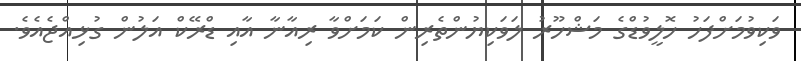
ވަކިވުމަށްފަހު ހޮލީވުޑްގެ މަޝްހޫރު ލަވަކިޔުންތެރިން ކަމަށްވާ ރިއާނާ އާއި ޑްރޭކް އަލުން ގުޅިއްޖެއެވެ.